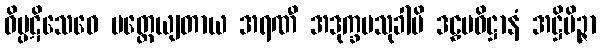
ဝိပ္ပဋိသေဓေ မတ္တေယျတာယ အရဏီ အဒုက္ခမသုခါပိ ဒဠှမဓိဋ္ဌာနံ အဋ္ဌိမိဉ္ဇာ